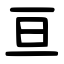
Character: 亘